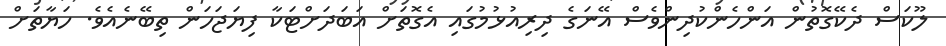
ލޫކަސް ދެކޭގޮތުން އަންހެންކުދިންވެސް އޭނަގެ ދިރިއުޅުމުގައި އެގޮތަށް އަބަދަށްޓަކާ ފިޔަޖަހަން ތިބޭނެއެވެ. ހަޔާތަށް